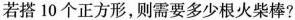
若搭10个正方形，则需要多少根火柴棒？